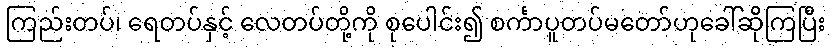
ကြည်းတပ်၊ ရေတပ်နှင့် လေတပ်တို့ကို စုပေါင်း၍ စင်္ကာပူတပ်မတော်ဟုခေါ်ဆိုကြပြီး